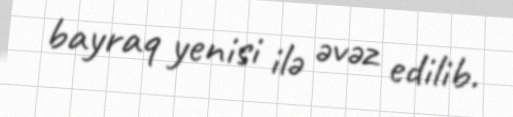
bayraq yenisi ilə əvəz edilib.